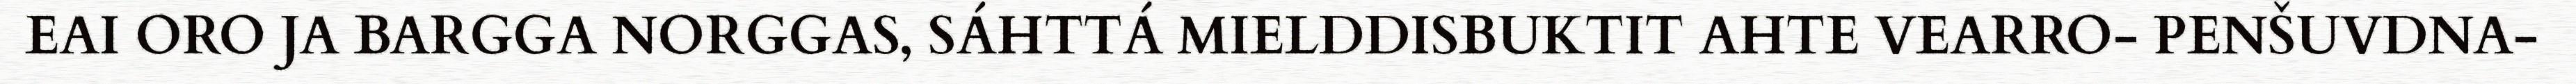
EAI ORO JA BARGGA NORGGAS, SÁHTTÁ MIELDDISBUKTIT AHTE VEARRO- PENŠUVDNA-